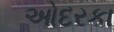
ઓદરકા